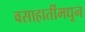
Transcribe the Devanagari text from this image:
वसाहातींमधून